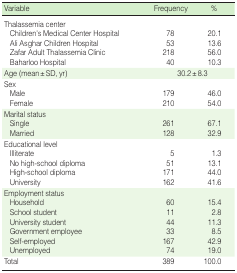
<table><thead><tr><td><b>Variable</b></td><td><b>Frequency</b></td><td><b>%</b></td></tr></thead><tbody><tr><td>Thalassemia center</td><td></td><td></td></tr><tr><td> Children&#x27;s Medical Center Hospital</td><td>78</td><td>20.1</td></tr><tr><td> Ali Asghar Children Hospital</td><td>53</td><td>13.6</td></tr><tr><td> Zafar Adult Thalassemia Clinic</td><td>218</td><td>56.0</td></tr><tr><td> Baharloo Hospital</td><td>40</td><td>10.3</td></tr><tr><td>Age (mean±SD, yr)</td><td colspan="2">30.2±8.3</td></tr><tr><td>Sex</td><td></td><td></td></tr><tr><td> Male</td><td>179</td><td>46.0</td></tr><tr><td> Female</td><td>210</td><td>54.0</td></tr><tr><td>Marital status</td><td></td><td></td></tr><tr><td> Single</td><td>261</td><td>67.1</td></tr><tr><td> Married</td><td>128</td><td>32.9</td></tr><tr><td>Educational level</td><td></td><td></td></tr><tr><td> Illiterate</td><td>5</td><td>1.3</td></tr><tr><td> No high-school diploma</td><td>51</td><td>13.1</td></tr><tr><td> High-school diploma</td><td>171</td><td>44.0</td></tr><tr><td> University</td><td>162</td><td>41.6</td></tr><tr><td>Employment status</td><td></td><td></td></tr><tr><td> Household</td><td>60</td><td>15.4</td></tr><tr><td> School student</td><td>11</td><td>2.8</td></tr><tr><td> University student</td><td>44</td><td>11.3</td></tr><tr><td> Government employee</td><td>33</td><td>8.5</td></tr><tr><td> Self-employed</td><td>167</td><td>42.9</td></tr><tr><td> Unemployed</td><td>74</td><td>19.0</td></tr><tr><td>Total</td><td>389</td><td>100.0</td></tr></tbody></table>